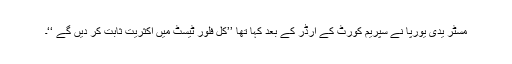
مسٹر یدی یورپا نے سپریم کورٹ کے آرڈر کے بعد کہا تھا ’’کل فلور ٹیسٹ میں اکثریت ثابت کر دیں گے ‘‘۔